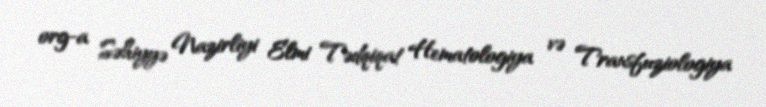
org-a Səhiyyə Nazirliyi Elmi Tədqiqat Hematologiya və Transfuziologiya